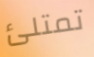
تمتلئ